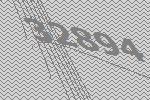
32894